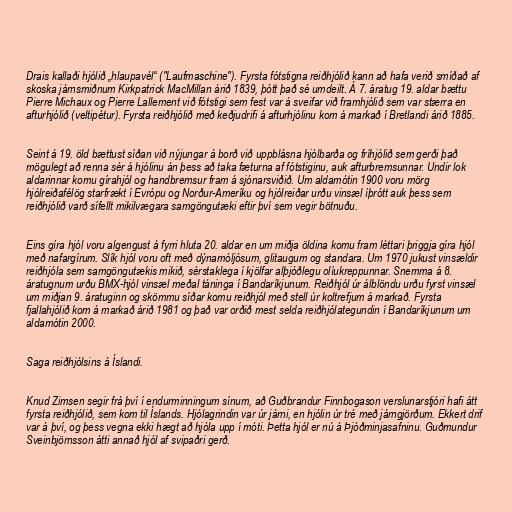
Drais kallaði hjólið „hlaupavél“ ("Laufmaschine"). Fyrsta fótstigna reiðhjólið kann að hafa verið smíðað af
skoska járnsmiðnum Kirkpatrick MacMillan árið 1839, þótt það sé umdeilt. Á 7. áratug 19. aldar bættu
Pierre Michaux og Pierre Lallement við fótstigi sem fest var á sveifar við framhjólið sem var stærra en
afturhjólið (veltipétur). Fyrsta reiðhjólið með keðjudrifi á afturhjólinu kom á markað í Bretlandi árið 1885.

Seint á 19. öld bættust síðan við nýjungar á borð við uppblásna hjólbarða og fríhjólið sem gerði það
mögulegt að renna sér á hjólinu án þess að taka fæturna af fótstiginu, auk afturbremsunnar. Undir lok
aldarinnar komu gírahjól og handbremsur fram á sjónarsviðið. Um aldamótin 1900 voru mörg
hjólreiðafélög starfrækt í Evrópu og Norður-Ameríku og hjólreiðar urðu vinsæl íþrótt auk þess sem
reiðhjólið varð sífellt mikilvægara samgöngutæki eftir því sem vegir bötnuðu.

Eins gíra hjól voru algengust á fyrri hluta 20. aldar en um miðja öldina komu fram léttari þriggja gíra hjól
með nafargírum. Slík hjól voru oft með dýnamóljósum, glitaugum og standara. Um 1970 jukust vinsældir
reiðhjóla sem samgöngutækis mikið, sérstaklega í kjölfar alþjóðlegu olíukreppunnar. Snemma á 8.
áratugnum urðu BMX-hjól vinsæl meðal táninga í Bandaríkjunum. Reiðhjól úr álblöndu urðu fyrst vinsæl
um miðjan 9. áratuginn og skömmu síðar komu reiðhjól með stell úr koltrefjum á markað. Fyrsta
fjallahjólið kom á markað árið 1981 og það var orðið mest selda reiðhjólategundin í Bandaríkjunum um
aldamótin 2000.

Saga reiðhjólsins á Íslandi.

Knud Zimsen segir frá því í endurminningum sínum, að Guðbrandur Finnbogason verslunarstjóri hafi átt
fyrsta reiðhjólið, sem kom til Íslands. Hjólagrindin var úr járni, en hjólin úr tré með járngjörðum. Ekkert drif
var á því, og þess vegna ekki hægt að hjóla upp í móti. Þetta hjól er nú á Þjóðminjasafninu. Guðmundur
Sveinbjörnsson átti annað hjól af svipaðri gerð.